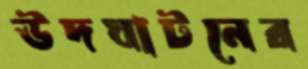
উদঘাটনের